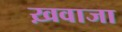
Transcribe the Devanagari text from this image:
ख़वाजा